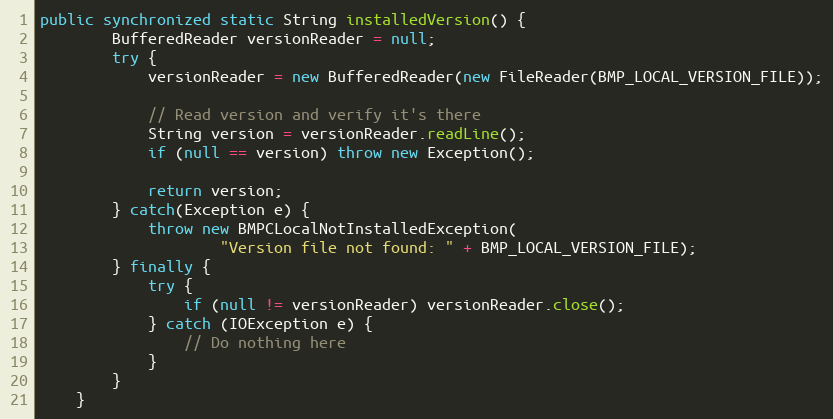
Language: Java
public synchronized static String installedVersion() {
        BufferedReader versionReader = null;
        try {
            versionReader = new BufferedReader(new FileReader(BMP_LOCAL_VERSION_FILE));

            // Read version and verify it's there
            String version = versionReader.readLine();
            if (null == version) throw new Exception();

            return version;
        } catch(Exception e) {
            throw new BMPCLocalNotInstalledException(
                    "Version file not found: " + BMP_LOCAL_VERSION_FILE);
        } finally {
            try {
                if (null != versionReader) versionReader.close();
            } catch (IOException e) {
                // Do nothing here
            }
        }
    }